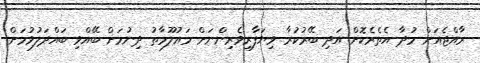
ރާއްޖެއަށް މުދާ އެތެރެކޮށް އަދި ބޭރުކުރާ ވިޔަފާރިވެރިންނަށް މައުލޫމާތު ދިނުމަށް ބޭއްވި ބައްދަލުވުމަށް